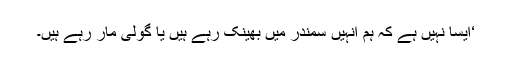
‘ایسا نہیں ہے کہ ہم انہیں سمندر میں بھینک رہے ہیں یا گولی مار رہے ہیں۔